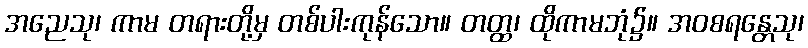
အညေသု၊ ကာမ တရားတို့မှ တစ်ပါးကုန်သော။ တတ္ထ၊ ထိုကာမဘုံ၌။ အဝစရန္တေသု၊